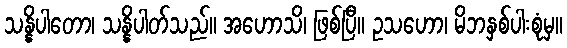
သန္နိပါတော၊ သန္နိပါတ်သည်။ အဟောသိ၊ ဖြစ်ပြီ။ ဥသဟော၊ မိဘနှစ်ပါးစုံမှ။